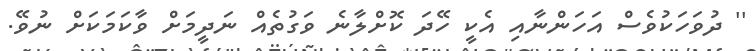
'' ދުވަހަކުވެސް އަހަންނާއި އެކީ ހޭދަ ކޮށްލާނެ ވަގުތެއް ނަދީމަށް ވާކަމަކަށް ނުވޭ.